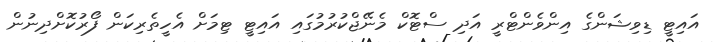
އައިޓީ ޑިވިޝަންގެ އިންވެންޓްރީ އަދި ސްޓޮކް މެނޭޖްކުރުމުގައި އައިޓީ ޓިމަށް އެހީތެރިކަން ފޯރުކޮށްދިނުން